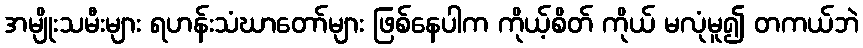
အမျိုးသမီးများ ရဟန်းသံဃာတော်များ ဖြစ်နေပါက ကိုယ့်စိတ် ကိုယ် မလုံမူ၍ တကယ်ဘဲ